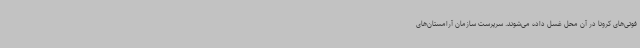
فوتی‌های کرونا در آن محل غسل داده می‌شوند. سرپرست سازمان آرامستان‌های